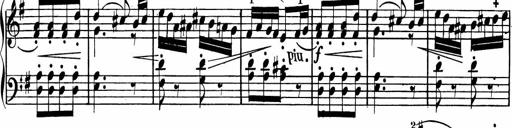
Title: Rosen ohne Dornen
Composer: Gustav Lange